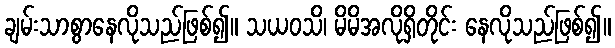
ချမ်းသာစွာနေလိုသည်ဖြစ်၍။ သယဝသိ၊ မိမိအလိုရှိတိုင်း နေလိုသည်ဖြစ်၍။